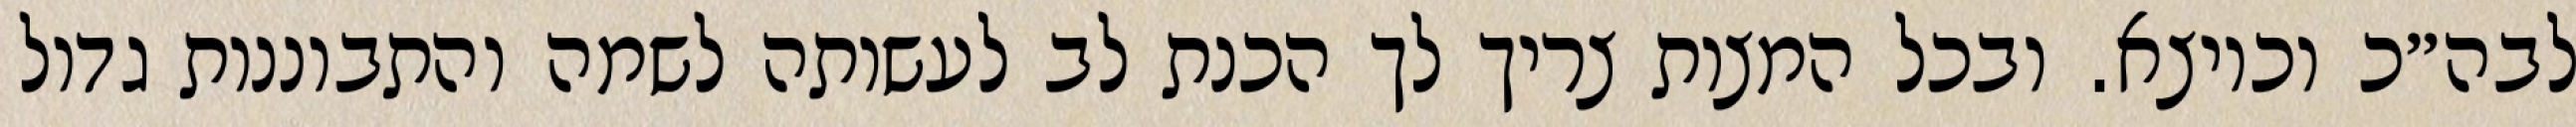
לבה״כ וכיוצא. ובכל המצות צריך לך הכנת לב לעשותה לשמה והתבוננות גדול